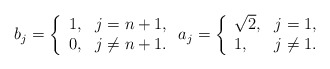
\begin{align*}b_j=\left\{ \begin{array}{ll} 1, & j=n+1, \\ 0, & j\not=n+1. \end{array}\right.a_j=\left\{ \begin{array}{ll} \sqrt2, & j=1, \\ 1, & j\not=1. \end{array}\right.\end{align*}